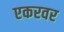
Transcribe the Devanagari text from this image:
एकरवर